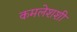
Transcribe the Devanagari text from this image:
कमलेशशी